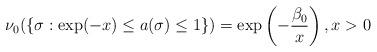
LaTeX: \begin{gather*}\nu_0(\{\sigma: \exp(-x)\le a(\sigma)\le1\})= \exp\left(-\frac{\beta_0}{x}\right),x>0\end{gather*}